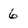
Character: 6